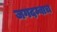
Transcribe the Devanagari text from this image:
जगदम्बाच